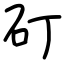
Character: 矴